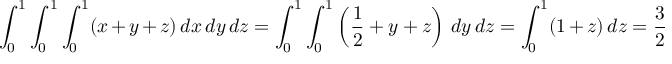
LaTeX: \int _ { 0 } ^ { 1 } \int _ { 0 } ^ { 1 } \int _ { 0 } ^ { 1 } ( x + y + z ) \, d x \, d y \, d z = \int _ { 0 } ^ { 1 } \int _ { 0 } ^ { 1 } \left( { \frac { 1 } { 2 } } + y + z \right) \, d y \, d z = \int _ { 0 } ^ { 1 } ( 1 + z ) \, d z = { \frac { 3 } { 2 } }